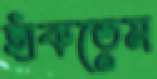
হাঁকতেম